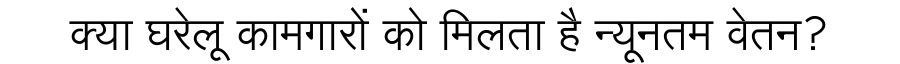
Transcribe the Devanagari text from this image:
क्या घरेलू कामगारों को मिलता है न्यूनतम वेतन?